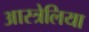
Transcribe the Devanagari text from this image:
आस्त्रेलिया